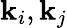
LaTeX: \mathbf{k}_{i},\mathbf{k}_{j}